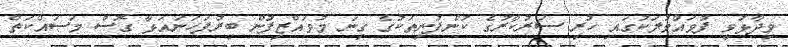
ވިދާޅުވީ ފުވައްމުލަކުގައި ހުރި ސަރުކާރުގެ ކުންފުނިތަކުގެ ގިނަ މުވައްޒިފުން ބިރުފަހަނައަޅާ ގޮސް މަސައްކަތް